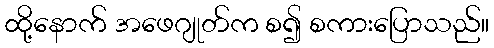
ထို့နောက် အဖေဂျုတ်က စ၍ စကားပြောသည်။